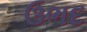
ઉભદ